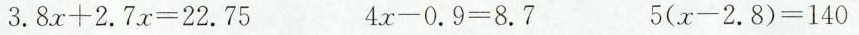
$ $ 3.8 x + 2.7 x = 22.75 $ $ $ $ 4 x - 0.9 = 8.7 $ $ $ $ 5 ( x - 2.8 ) = 1 4 0 $ $